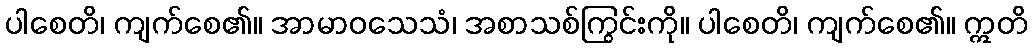
ပါစေတိ၊ ကျက်စေ၏။ အာမာဝသေသံ၊ အစာသစ်ကြွင်းကို။ ပါစေတိ၊ ကျက်စေ၏။ ဣတိ